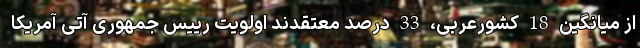
از میانگین 18 کشورعربی، 33 درصد معتقدند اولویت رییس جمهوری آتی آمریکا